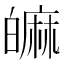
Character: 𤾝